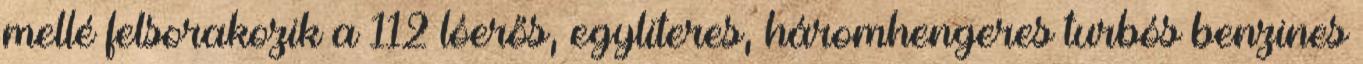
mellé felsorakozik a 112 lóerős, egyliteres, háromhengeres turbós benzines